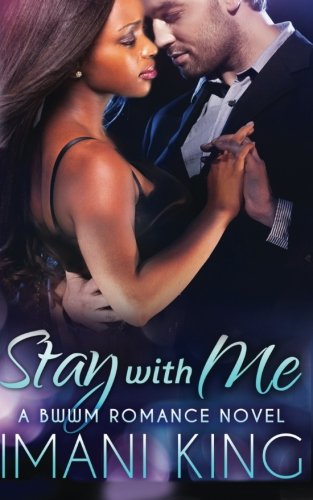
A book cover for Stay With Me (A BWWM Russian Billionaire Romance Novel) (Imani's Russian Billionaire Series) (Volume 1); Imani King; Romance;